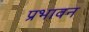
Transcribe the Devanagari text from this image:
प्रभावन